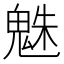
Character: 𩳅